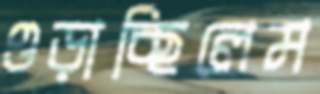
ওড়াচ্ছিলেম